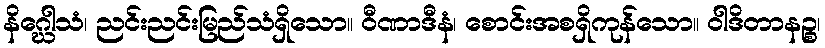
နိဂ္ဃေါသံ၊ ညင်းညင်းမြည်သံရှိသော။ ဝီဏာဒီနံ၊ စောင်းအစရှိကုန်သော။ ဝါဒိတာနဉ္စ၊